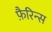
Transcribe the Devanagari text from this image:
फ़ैरिन्स